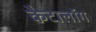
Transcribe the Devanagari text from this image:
कैटालॉग